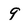
Character: 9